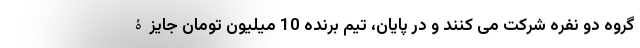
گروه دو نفره شرکت می‌ کنند و در پایان، تیم برنده 10 میلیون تومان جایزۀ